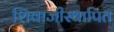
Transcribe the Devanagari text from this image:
शिवाजीस्थापित